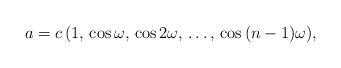
LaTeX: \begin{align*}a = c \, (1,\, \cos\omega,\, \cos{2\omega},\, \ldots, \, \cos{(n-1)\omega}),\end{align*}